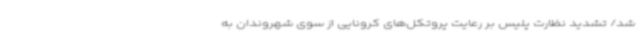
شد/ تشدید نظارت پلیس بر رعایت پروتکل‌های کرونایی از سوی شهروندان به